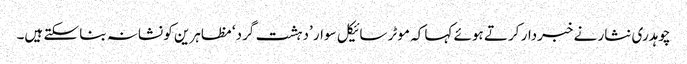
چوہدری نثار نے خبردار کرتے ہوئے کہا کہ موٹر سائیکل سوار ’دہشت گرد‘ مظاہرین کو نشانہ بنا سکتے ہیں۔